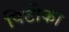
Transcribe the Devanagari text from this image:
पिटीका